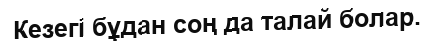
Кезегі бұдан соң да талай болар.